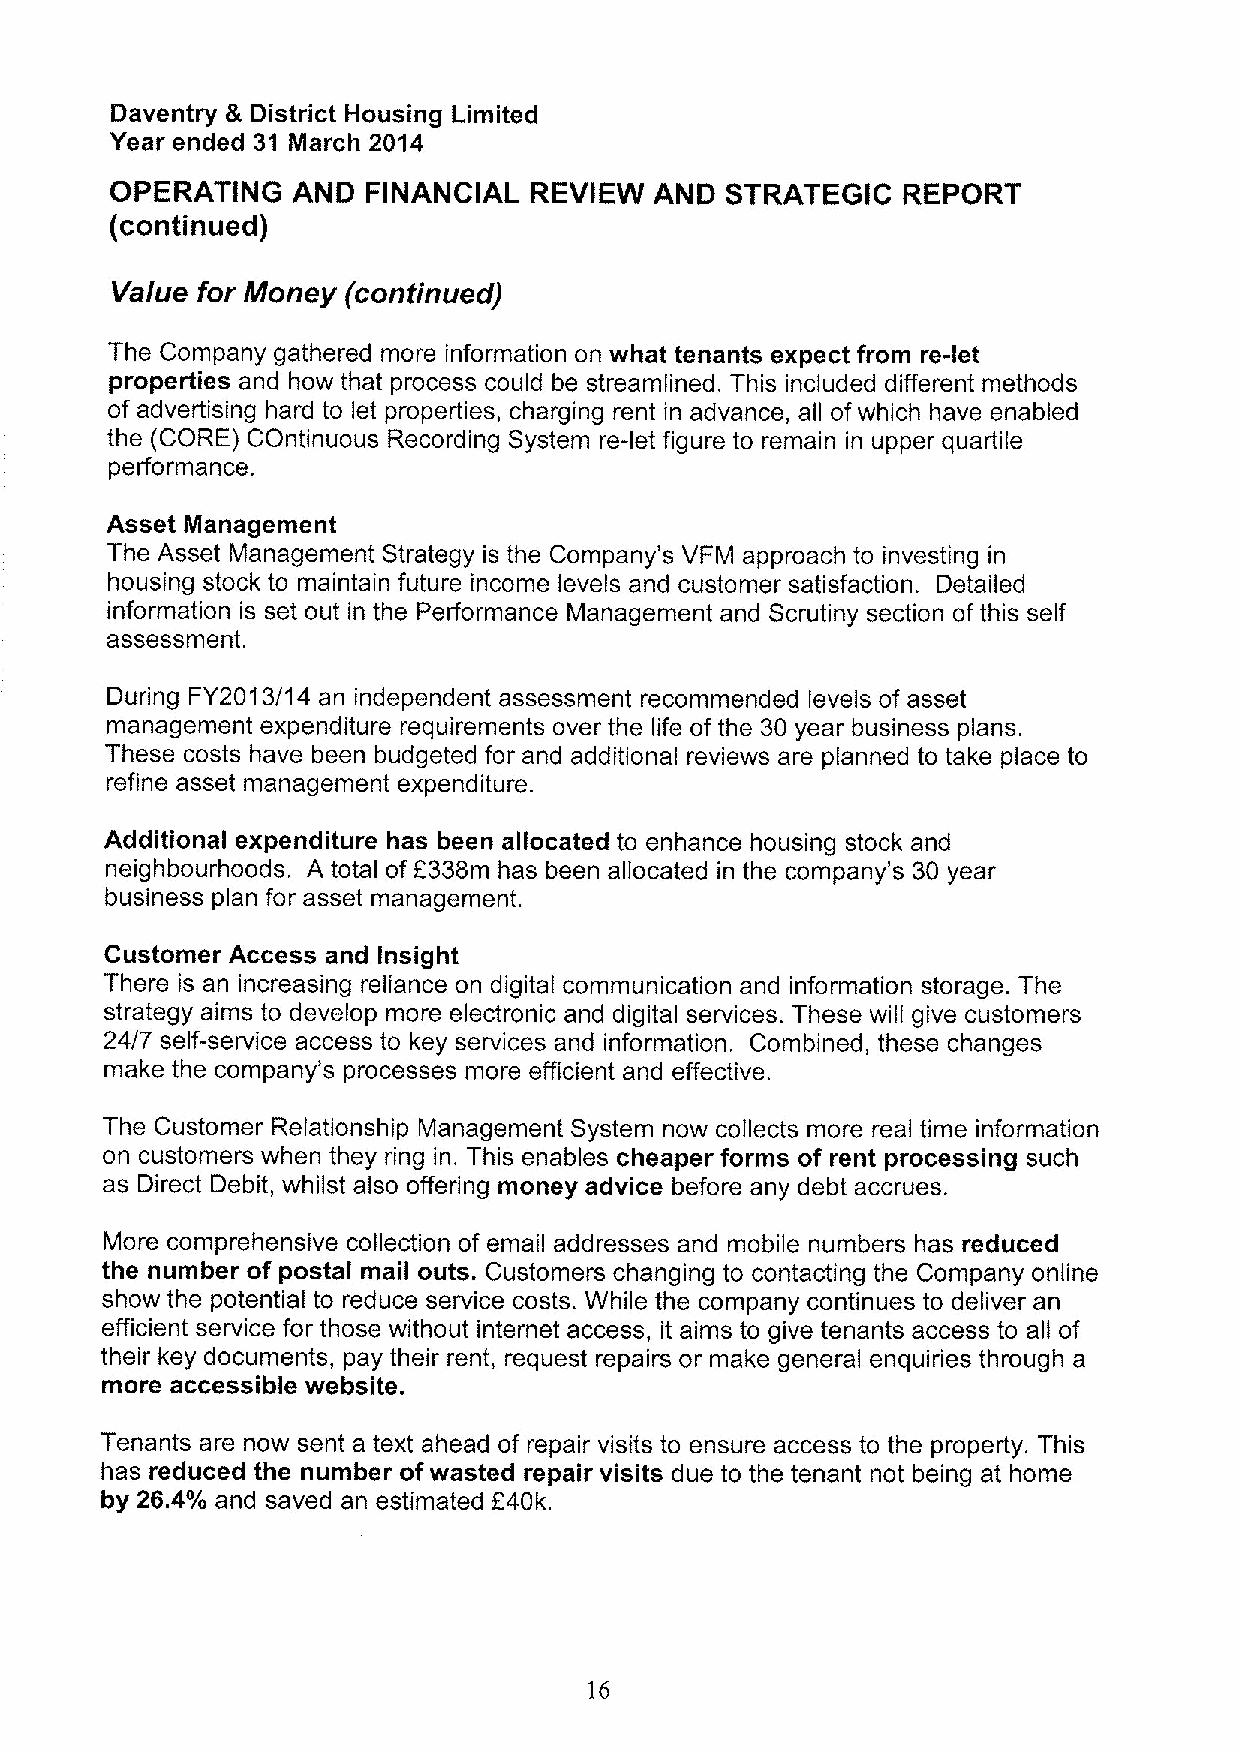
Daventry 8 District Housing Limited
 Year ended 31 March 2014
 OPERATING   AND  FINANCIAL  REVIEW  AND  STRATEGIC   REPORT
 (continued)
 Va/ue for Money (continued)
 The Company gathered more information on what tenants expect from re-let
 properties and how that process could be streamlined. This included different methods
 of advertising hard to let properties, charging rent in advance, all ofwhich have enabled
 the (CORE) COntinuous Recording System re-let figure to remain in upper quartile
 performance.
 Asset Management
 The Asset Management Strategy is the Company's VFM approach to investing in
 housing stock to maintain future income levels and customer satisfaction. Detailed
 information is set out in the Performance Management and Scrutiny section of this self
 assessment.
 During FY2013/14 an independent assessment recommended levels of asset
 management expenditure requirements over the life of the 30 year business plans.
 These costs have been budgeted for and additional reviews are planned to take place to
 refine asset management expenditure.
 Additional expenditure has been allocated to enhance housing stock and
 neighbourhoods. A total of 6338m has been allocated in the company's 30 year
 business plan for asset management.
 Customer Access and Insight
 There is an increasing reliance on digital communication and information storage. The
 strategy aims to develop more electronic and digital services. These will give customers
 24/7 self-service access to key services and information. Combined, these changes
 make the company's processes more efficient and effective.
 The Customer Relationship Management System now collects more real time information
 on customers when they ring in. This enables cheaper forms of rent processing such
 as Direct Debit, whilst also offering money advice before any debt accrues.
 More comprehensive collection of email addresses and mobile numbers has reduced
 the number of postal mail outs. Customers changing to contacting the Company online
 show the potential to reduce service costs. While the company continues to deliver an
 efficient service for those without internet access, it aims to give tenants access to all of
 their key documents, pay their rent, request repairs or make general enquiries through a
 more accessible website.
 Tenants are now sent a text ahead of repair visits to ensure access to the property. This
 has reduced the number ofwasted repair visits due to the tenant not being at home
 by 26.4% and saved an estimated 240k.
 16